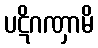
ပဋိဂဏှာမိ